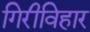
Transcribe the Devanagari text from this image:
गिरीविहार